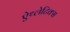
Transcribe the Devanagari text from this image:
ऐथ्लेटिक्स